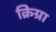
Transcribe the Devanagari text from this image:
क्रिग्रा